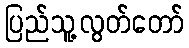
ပြည်သူ့လွတ်တော်